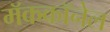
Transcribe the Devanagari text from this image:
मॅककॉनेल